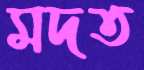
মদত